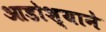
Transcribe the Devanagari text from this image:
आडोश्याने